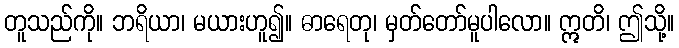
တူသည်ကို။ ဘရိယာ၊ မယားဟူ၍။ ဓာရေတု၊ မှတ်တော်မူပါလော။ ဣတိ၊ ဤသို့။